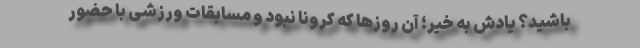
باشید؟ یادش به خیر؛ آن روزها که کرونا نبود و مسابقات ورزشی با حضور